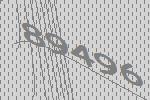
89496